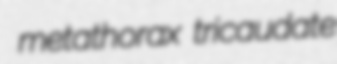
metathorax tricaudate